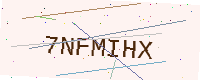
Text: 7NFMIHX